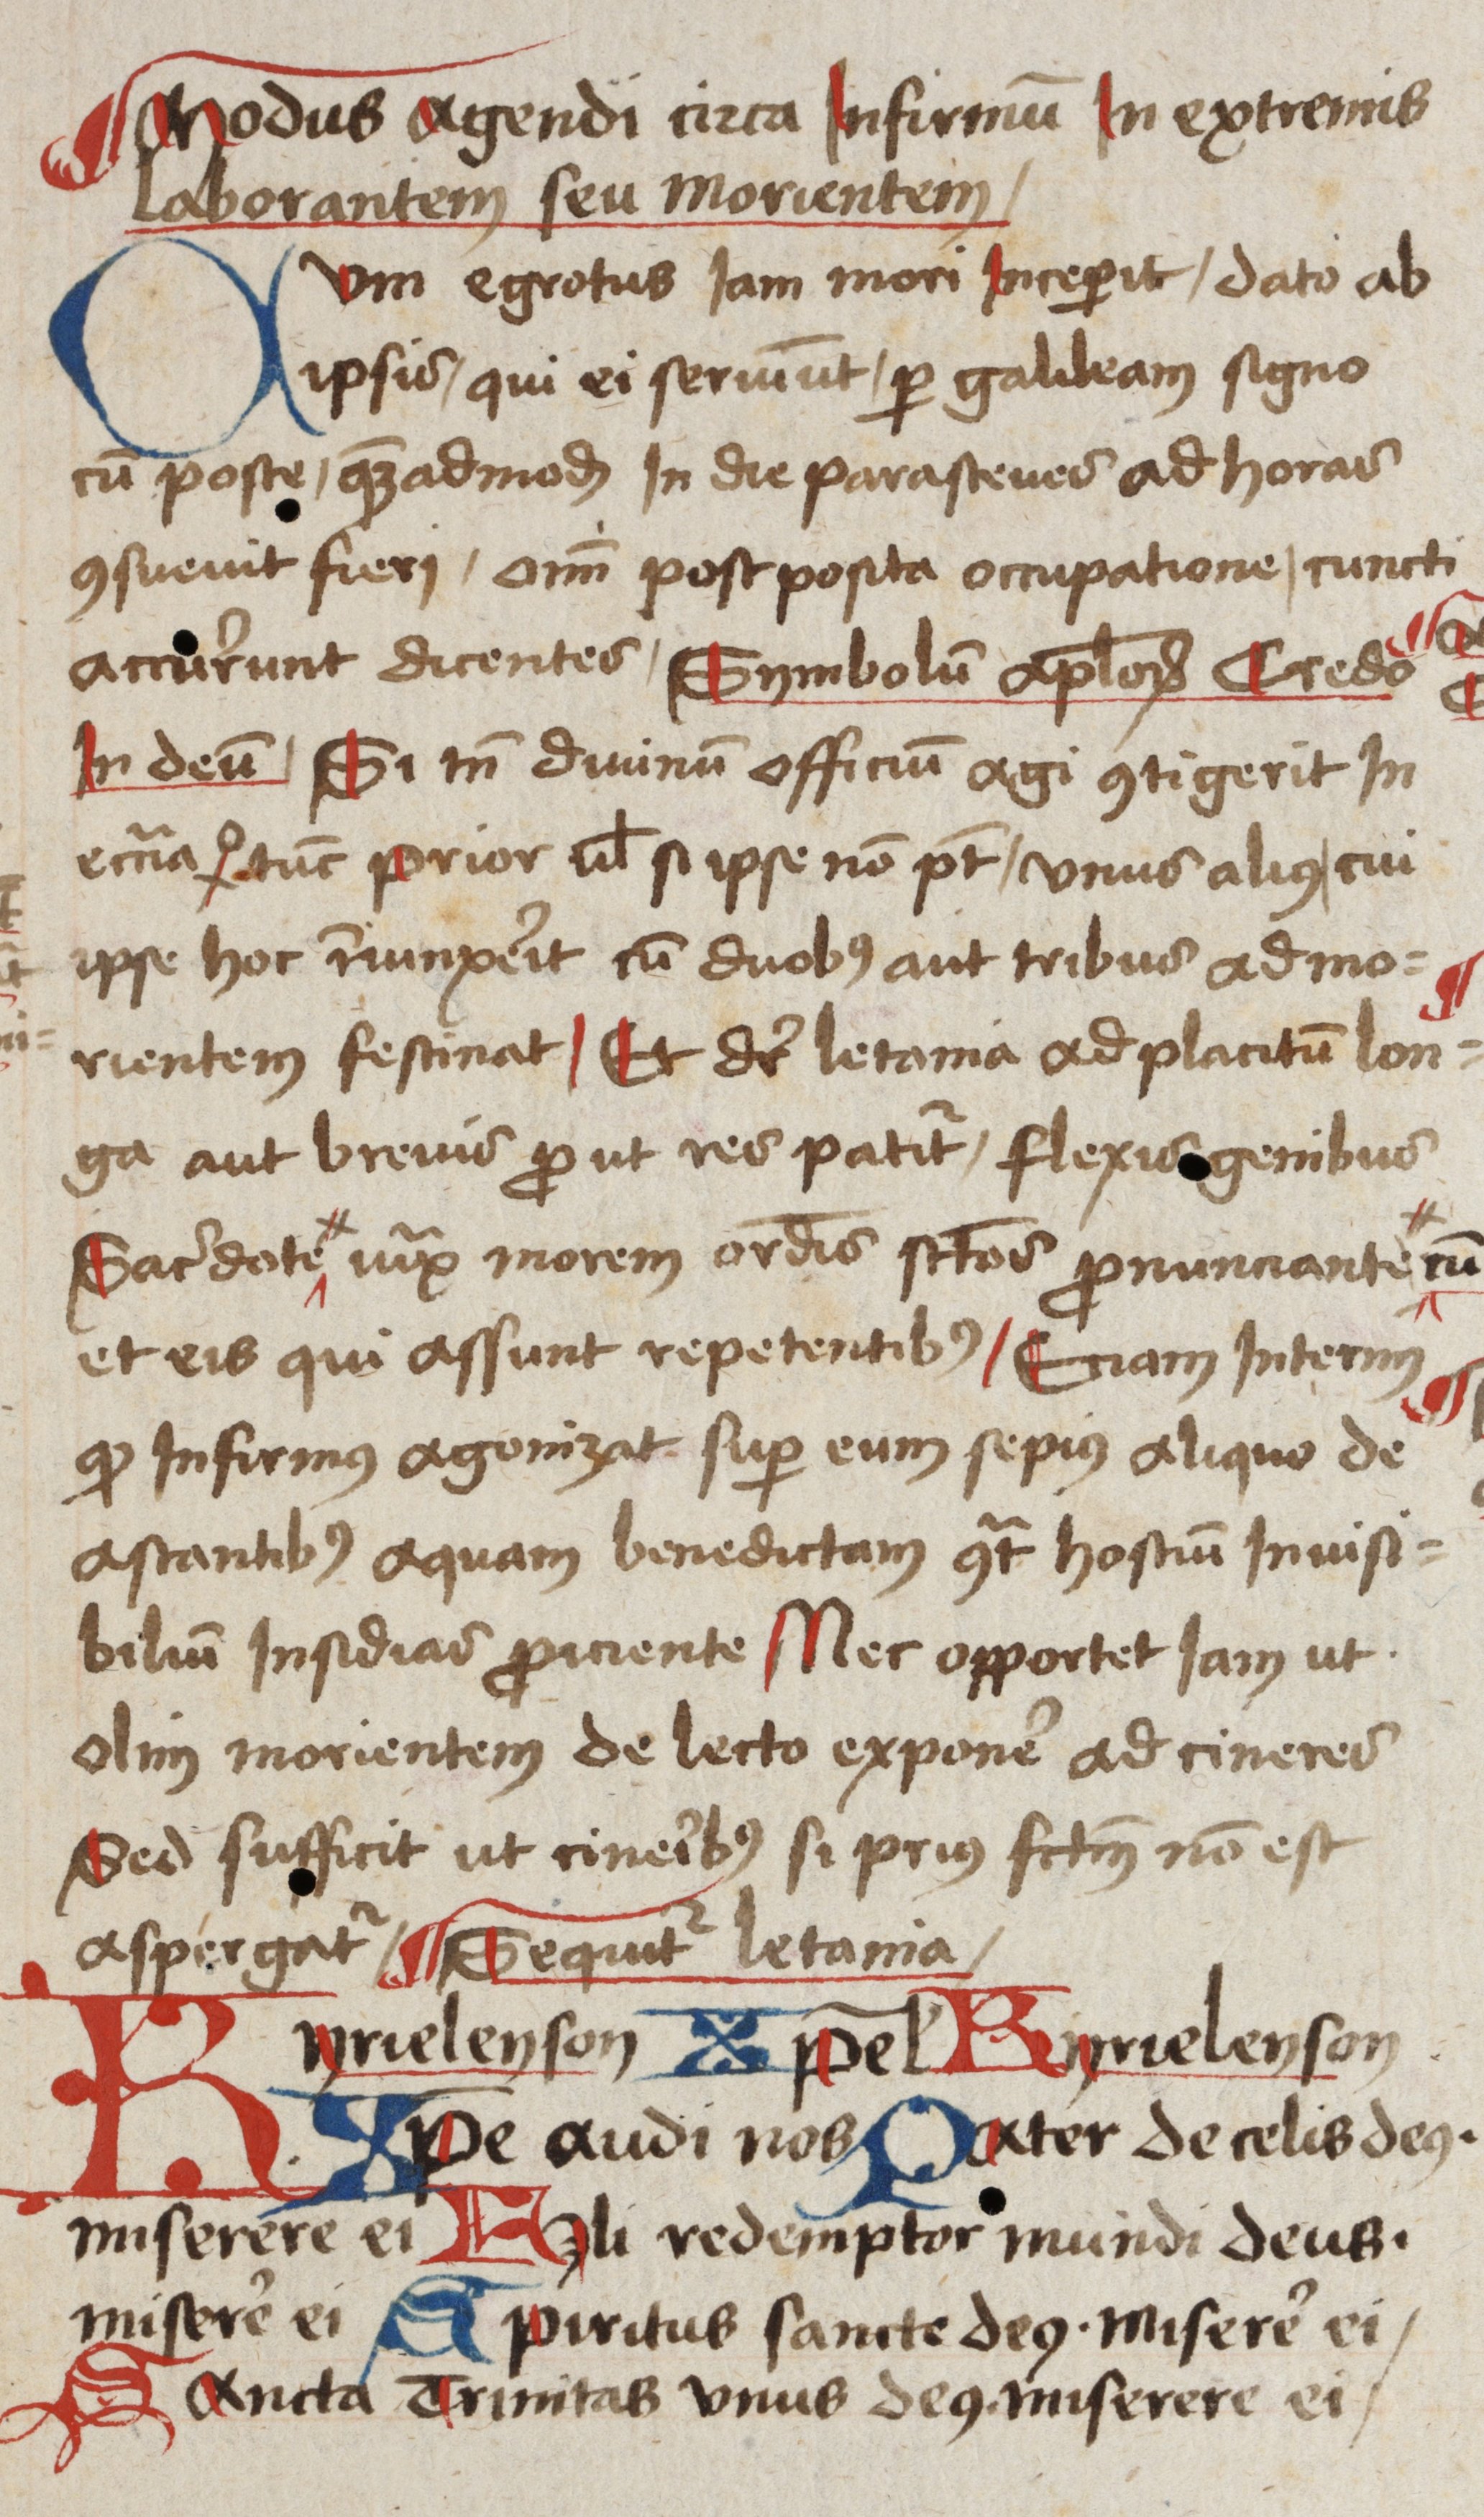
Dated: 1485–1515